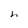
Character: h